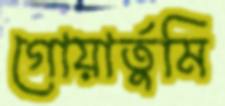
গোয়ার্তুমি